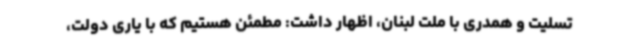
تسلیت و همدری با ملت لبنان، اظهار داشت: مطمئن هستیم که با یاری دولت،